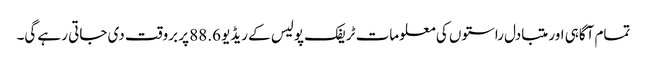
تمام آگاہی اور متبادل راستوں کی معلومات ٹریفک پولیس کے ریڈیو 88.6 پر بروقت دی جاتی رہے گی۔